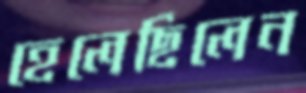
হেলেছিলেন